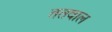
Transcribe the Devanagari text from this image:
ततवाल